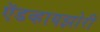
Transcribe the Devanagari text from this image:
ऍडव्हायझोरी